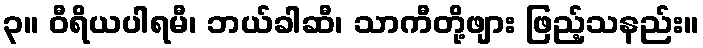
၃။ ဝီရိယပါရမီ၊ ဘယ်ခါဆီ၊ သာကီတို့ဖျား ဖြည့်သနည်း။